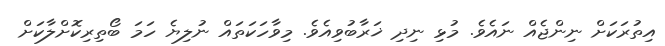
އިތުރަކަށް ނިންޖެއް ނައެވެ. މުޅި ނިދި ޚަރާބުވިއެވެ. މިވާހަކަތައް ނުލިޔެ ހަމަ ބޯތިރިކޮށްލާކަށް